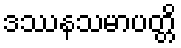
ဒဿနသမာပတ္တိ